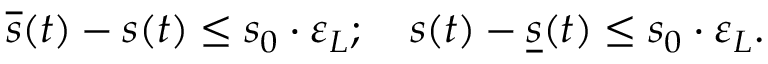
\overline { { s } } ( t ) - s ( t ) \leq s _ { 0 } \cdot \varepsilon _ { L } ; \quad s ( t ) - \underline { { s } } ( t ) \leq s _ { 0 } \cdot \varepsilon _ { L } .